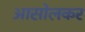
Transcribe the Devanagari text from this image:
आसोलकर